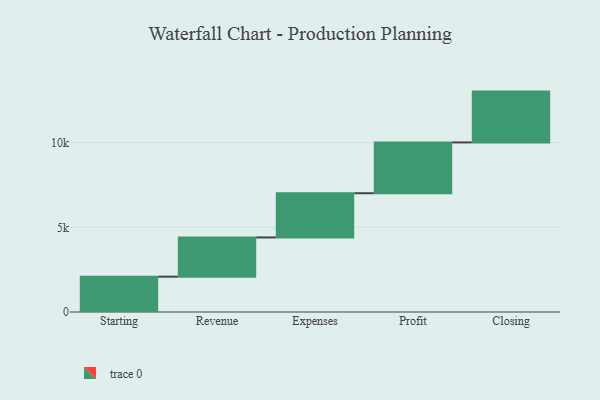
{"axis": {"x": "Step", "y": "Value"}, "legend": [""], "data": [{"x": "Starting", "y": 2086.0, "type": ""}, {"x": "Revenue", "y": 2315.0, "type": ""}, {"x": "Expenses", "y": 2609.0, "type": ""}, {"x": "Profit", "y": 3000, "type": ""}, {"x": "Closing", "y": 3000, "type": ""}]}